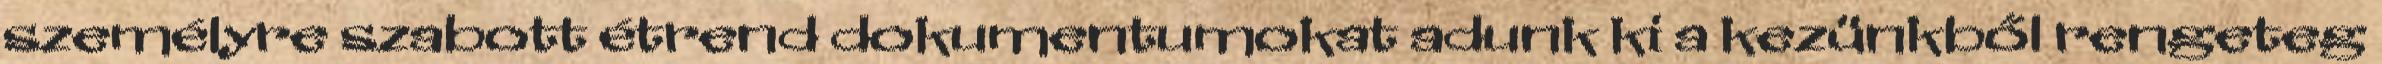
személyre szabott étrend dokumentumokat adunk ki a kezünkből rengeteg